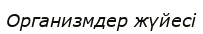
Организмдер жүйесі